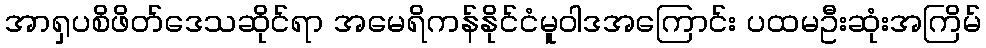
အာရှပစိဖိတ်ဒေသဆိုင်ရာ အမေရိကန်နိုင်ငံမူဝါဒအကြောင်း ပထမဦးဆုံးအကြိမ်